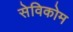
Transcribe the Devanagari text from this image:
सेविकोम